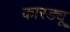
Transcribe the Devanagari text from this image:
कारड्यू